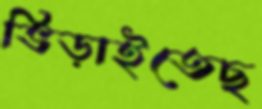
ভিড়াইতেছ